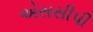
એસસીપી